Report on sanitation, dispensaries, and jails in Rajputana for 1920, and on vaccination for the year 1920-1921 - 1920-1921
Year: 1920
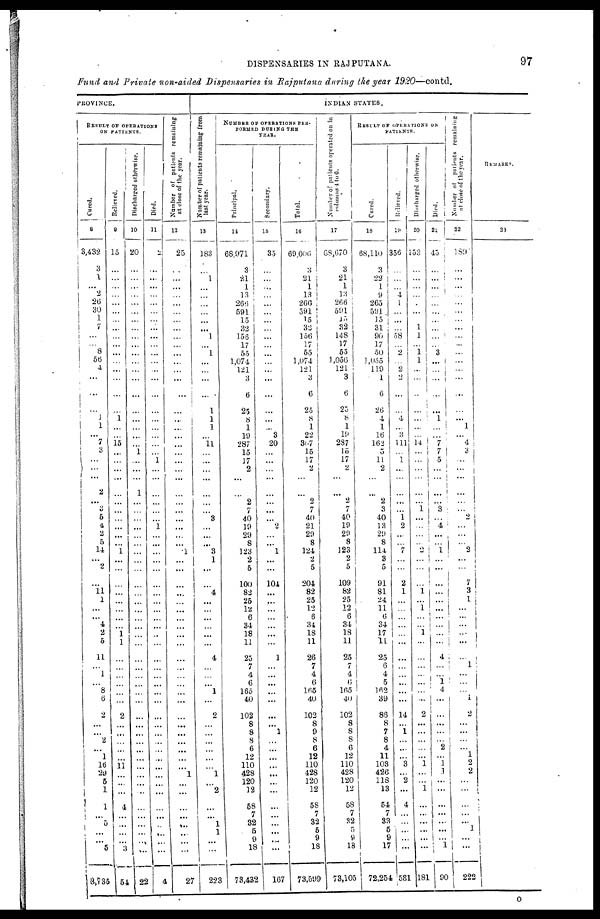
DISPENSARIES IN RAJPUTANA.
97
Fund and Private non-aided Dispensaries in Rajputana during the year 1920—contd.
PROVINCE.
RESULT OF OPERATIONS
ON PATIENTS.
Cured.
8
3,432
3
1
...
2
26
30
1
7
...
...
8
56
4
...
...
...
1
1
...
7
3
...
...
... 2
...
3
...
4
...
5
14
...
2
...
11
1
...
...
4
2
5
11
...
1
...
8
6
2
...
...
2
... 1
l6
29
5
1
1
...
5
... ...
5
3,735
Relieved.
9
15
...
...
...
...
...
...
...
...
...
...
...
...
...
...
...
...
1
...
...
15
...
...
...
...
...
...
...
...
...
...
...
1
...
...
...
...
...
...
...
...
1 1
...
...
...
...
...
...
2
...
...
...
...
...
11
...
...
...
4
...
...
...
...
3
54
Discharged otherwise.
10
20
...
...
...
...
...
...
...
...
...
...
...
...
...
...
...
...
...
...
...
...
1
...
...
...
1
...
...
...
...
...
...
...
...
...
...
...
...
...
...
...
...
...
...
...
...
...
...
...
...
...
...
...
...
...
...
...
...
...
...
...
...
...
...
...
22
Died.
11
2
...
...
...
...
...
...
...
...
...
...
...
...
...
...
...
...
...
...
...
...
...
1
...
...
...
...
...
...
1
...
...
...
...
...
...
...
...
...
...
...
...
...
...
...
...
...
...
...
...
...
...
...
...
...
...
...
...
...
...
...
...
...
...
...
4
Number of patients remaining
at close of the year.
12
25
...
...
...
...
...
...
...
...
...
...
...
...
...
...
...
...
...
...
...
...
...
...
...
...
...
...
...
...
...
...
...
1
...
...
...
...
...
...
...
...
...
...
...
...
...
...
...
...
...
...
...
...
...
...
...
1
...
...
...
...
...
...
...
...
27
INDIAN STATES.
N umber of patients remaining from
last year.
13
183
...
1
...
...
...
...
...
...
1
...
1
...
...
...
...
1
1
1
...
11
...
...
...
...
...
...
...
3
...
...
...
3
1
...
...
4
...
...
...
...
...
...
4
...
...
...
1
...
2
...
...
...
... ...
...
1
...
2
...
...
1
1
...
...
223
NUMBER OF OPERATIONS PER-
FORMED DURING THE
YEAR.
Principal.
14
68,971
3
21
1
13
266
591
15
32
156
17
55
1,074
121
3
6
25
8
1
19
287
15
17
2
...
...
2
7
40
19
29
8
123
2
5
100
82
25
12
6
34
18
11
25
7
4
6
165
40
102
8
8
8
6
12
110
428
120
12
58
7
32
5
9
18
73,432
Secondary.
15
35
...
...
...
...
...
...
...
...
...
...
...
...
...
...
...
...
...
...
3
20
...
...
...
...
...
...
...
...
2
...
...
1
...
...
104
...
...
...
...
...
...
...
1
...
...
...
...
...
...
...
1
...
...
...
...
...
...
...
...
...
...
...
...
...
167
Total.
16
69,006
3
21
1
13
266
591
15
32
156
17
55
1,074
121
3
6
25
8
1
22
307
15
17
2
...
...
2
7
40
21
29
8
124
2
5
204
82
25
12
6
34
18
11
26
7
4
6
165
40
102
8
9
8
6
12
110
428
120
12
58
7
32
5
9
18
73,599
Number of patients operated on in
columns.1 to 6.
17
68,670
3
21 1
13
266
591
15
32
148
17
55
1,056
121
3
6
25
8
1
19
287
15
17
2
...
...
2
7
40
19
29
8
123
2
5
109
82
25
12
6
34
18
11
25
7
4
6
165
40
102
8
8
8
6
12
110
428
120
12
58
7
32
5
9
18
73,105
RESULTS OF OPERATIONS ON
PATIENTS.
Cured.
18
68,110
3
22
1
9
265
591
15
31
90
17
50
1,055
119
1
6
26
4
1
16
162
5
11
2
...
...
2
3
40
13
29
8
114
3
5
91
81
24
11
6
34
17
11
25
6
4
5
162
39
86
8
7
8
4
11
103
426
118
13
54
7
33
5
9
17
72,254
Rilieved.
19
356
...
...
...
4
1
...
...
...
58
...
2
...
2
2
...
...
4
...
3
111
...
1
...
...
...
...
...
1
2
...
...
7
...
...
2
1
...
...
...
...
...
...
...
...
...
...
...
...
14
...
1
...
...
...
3
...
2
...
4
...
...
...
...
...
581
Discharged otherwise.
20
153
...
...
...
...
...
...
...
1
1
...
1 1
...
...
...
...
...
...
...
14
...
...
...
...
...
...
1
...
...
...
...
2
...
...
...
1
...
1
...
...
1
...
...
...
...
...
...
...
2
...
...
...
...
...
1 ...
...
1
...
...
...
...
...
...
181
Died.
21
45
...
...
...
...
...
...
...
...
...
...
3
...
...
...
...
...
1
...
...
7
7
5
...
... ...
...
3
...
4
...
...
1
...
...
...
...
...
...
...
...
...
...
4
...
...
1
4
...
...
...
...
...
2
...
1
1
...
...
...
...
...
...
...
1
90
Number of patients remaining
at close of the year.
22
180
...
...
...
...
...
...
...
...
...
...
...
...
...
...
...
...
...
1
...
4
3
...
...
...
...
...
...
2
...
...
...
2
...
...
7
3
1
...
...
...
...
...
...
1
...
...
...
1
2
...
...
...
...
1
2
2
...
...
...
...
1
1
...
...
222
REMARKS.
23